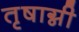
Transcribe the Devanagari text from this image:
तृषाग्नी